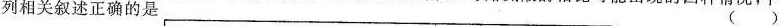
列相关叙述正确的是 ()